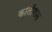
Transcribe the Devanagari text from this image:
कांतीगास